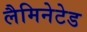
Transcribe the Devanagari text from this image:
लैमिनेटेड